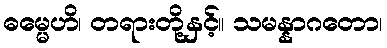
ဓမ္မေဟိ၊ တရားတို့နှင့်။ သမန္နာဂတော၊